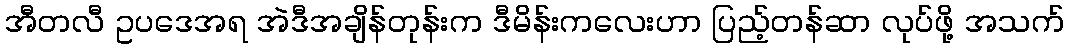
အီတလီ ဥပဒေအရ အဲဒီအချိန်တုန်းက ဒီမိန်းကလေးဟာ ပြည့်တန်ဆာ လုပ်ဖို့ အသက်